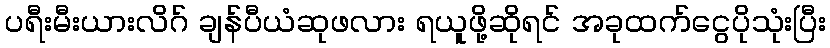
ပရီးမီးယားလိဂ် ချန်ပီယံဆုဖလား ရယူဖို့ဆိုရင် အခုထက်ငွေပိုသုံးပြီး